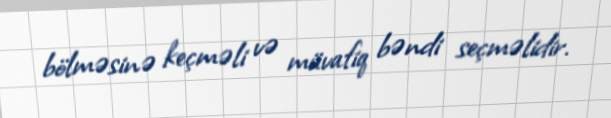
bölməsinə keçməli və müvafiq bəndi seçməlidir.